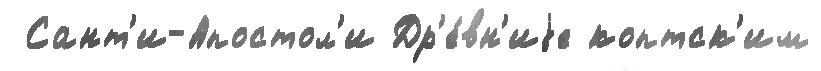
 Сант'и-Апостол'и Др'е́вн'иjе коптск'им